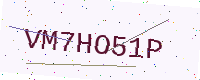
Text: VM7HO51P